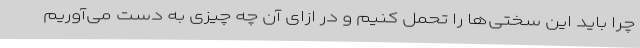
چرا باید این سختی‌ها را تحمل کنیم و در ازای آن چه چیزی به دست می‌آوریم